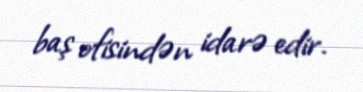
baş ofisindən idarə edir.